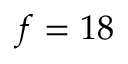
f = 1 8